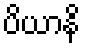
ပိယာနိ